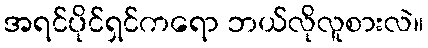
အရင်ပိုင်ရှင်ကရော ဘယ်လိုလူစားလဲ။